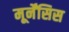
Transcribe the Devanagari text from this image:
मूर्नेंसिस